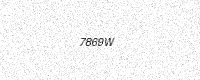
Text: 7869W